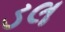
ડલ